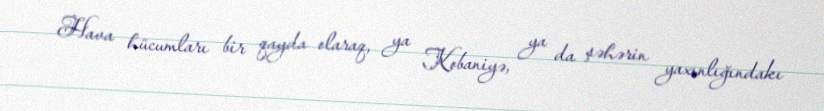
Hava hücumları bir qayda olaraq, ya Kobaniyə, ya da şəhərin yaxınlığındakı